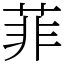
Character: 菲